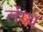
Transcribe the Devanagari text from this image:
लेंग्थ